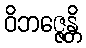
ဝိဘဇ္ဇေန္တိ